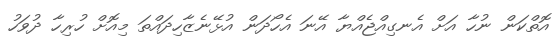
އޮތްކަން ނުހާ އަށް އެނގިއްޖެއްޔާ އޭނަ އެހޯދަން އުޅޭނެޒާހިދައްތަ މިއޮށް ހުރިހާ ދުވަހު